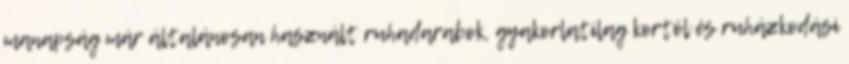
manapság már általánosan használt ruhadarabok, gyakorlatilag kortól és ruházkodási